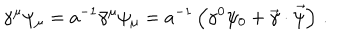
LaTeX: \gamma ^ { \mu } \psi _ { \mu } = a ^ { - 1 } \bar { \gamma } ^ { \mu } \psi _ { \mu } = a ^ { - 1 } \left( \gamma ^ { 0 } \psi _ { 0 } + \vec { \gamma } \cdot \vec { \psi } \right) \, .